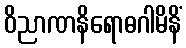
ဝိညာဏနိရောဓဂါမိနိံ